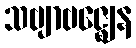
သဗျာဗဇ္ဈေန